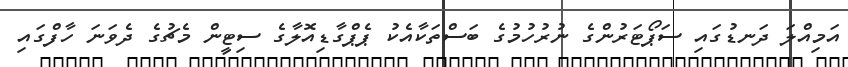
އަމިއްލަ ދަނޑުގައި ސަޕޯޓަރުންގެ ނުރުހުމުގެ ބަސްތަކާއެކު ޕެޕްގާޑިއޮލާގެ ސިޓީން މެޗުގެ ދެވަނަ ހާފްގައި